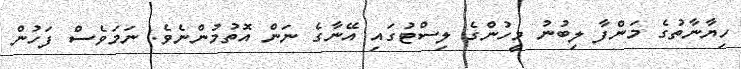
ހިޔާނާތުގެ މަންފާ ލިބުނު މީހުންގެ ލިސްޓުގައި އޭނާގެ ނަން އޮތުމުންނެވެ. ނަމަވެސް ފަހުން